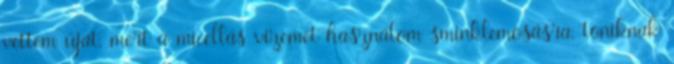
vettem újat, mert a micellás vizemet használom sminklemosásra, toniknak